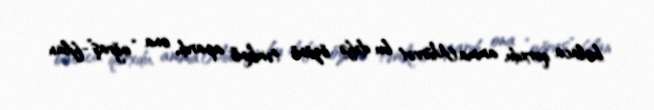
balaca qorxdu, amma Mürvət bu dəfə özünü təmkinli apardı, ona “oğraş”-filan